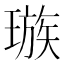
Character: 𪼕